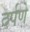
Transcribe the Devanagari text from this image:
दर्पणे